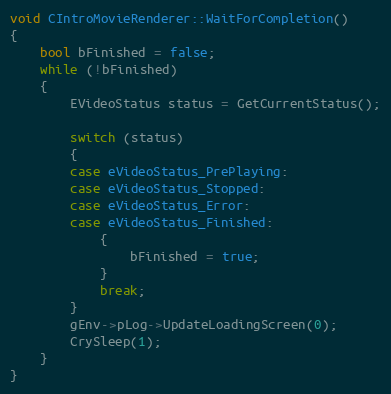
Language: C++
void CIntroMovieRenderer::WaitForCompletion()
{
	bool bFinished = false;
	while (!bFinished)
	{
		EVideoStatus status = GetCurrentStatus();

		switch (status)
		{
		case eVideoStatus_PrePlaying:
		case eVideoStatus_Stopped:
		case eVideoStatus_Error:
		case eVideoStatus_Finished:
			{
				bFinished = true;
			}
			break;
		}
		gEnv->pLog->UpdateLoadingScreen(0);
		CrySleep(1);
	}
}